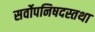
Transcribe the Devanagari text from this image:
सर्वोपनिषदस्तथा